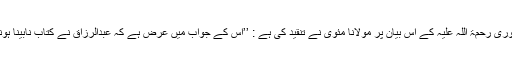
حضرت مولانا مبارک پوری رحمۃ اللہ علیہ کے اس بیان پر مولانا مئوی نے تنقید کی ہے : ’’اس کے جواب میں عرض ہے کہ عبدالرزاق نے کتاب نابینا ہونے سے پہلے لکھی ہے ۔